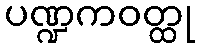
ပဏ္ဍကဝတ္ထု